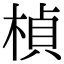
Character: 楨